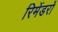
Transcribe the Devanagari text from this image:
रिमेंडरों